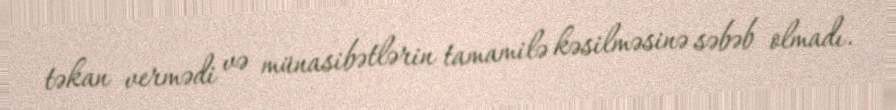
təkan vermədi və münasibətlərin tamamilə kəsilməsinə səbəb olmadı.